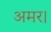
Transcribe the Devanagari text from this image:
अमर।